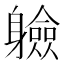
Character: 𮜼